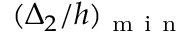
( \Delta _ { 2 } / h ) _ { \mathrm { ~ m ~ i ~ n ~ } }